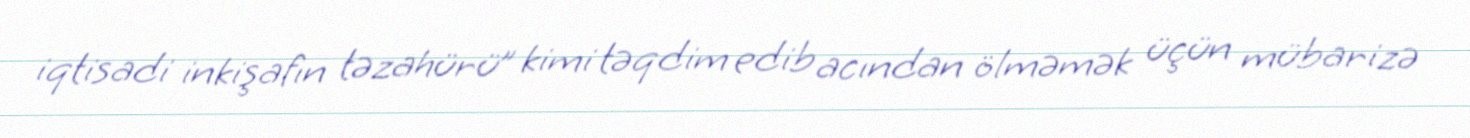
iqtisadi inkişafın təzahürü” kimi təqdim edib acından ölməmək üçün mübarizə